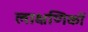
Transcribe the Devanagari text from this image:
लाक्षणिकों